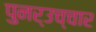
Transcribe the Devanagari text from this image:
पुनर्उच्चार